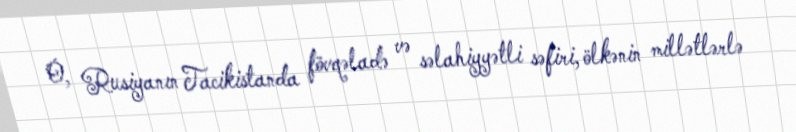
O, Rusiyanın Tacikistanda fövqəladə və səlahiyyətli səfiri, ölkənin millətlərlə